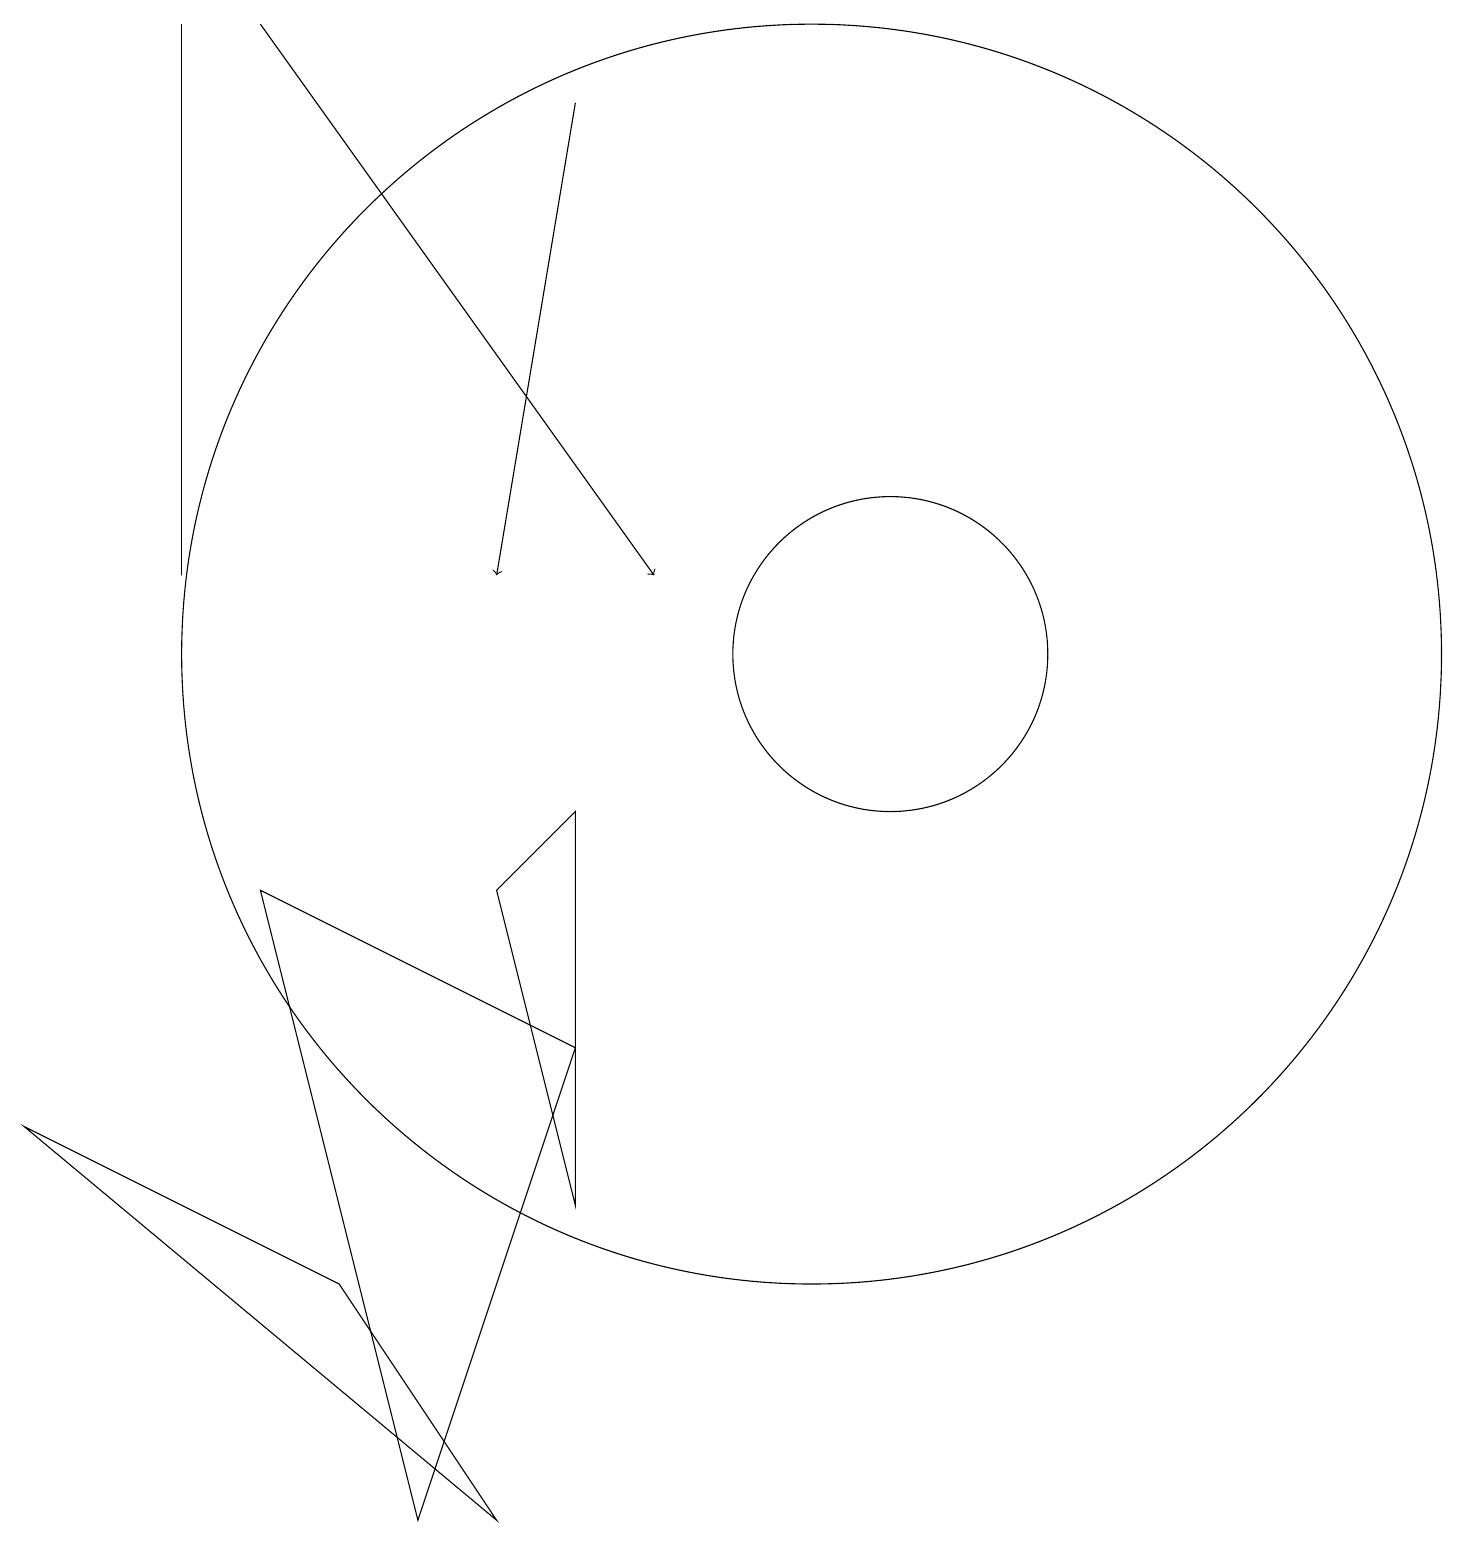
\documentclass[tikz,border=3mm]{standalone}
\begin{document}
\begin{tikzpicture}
\draw (11,11) circle (2);
\draw (7,4) -- (7,9) -- (6,8) -- cycle;
\draw (10,11) circle (8);
\draw[->] (3,19) -- (8,12);
\draw[->] (7,18) -- (6,12);
\draw (2,19) rectangle (2,12);
\draw (3,8) -- (7,6) -- (5,0) -- cycle;
\draw (6,0) -- (4,3) -- (0,5) -- cycle;
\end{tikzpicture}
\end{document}